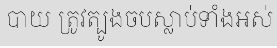
បាយ ត្រូវត្បូងចបស្លាប់ទាំងអស់